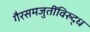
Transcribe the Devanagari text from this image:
गैरसमजुतींविरुद्ध